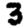
Digit: 3